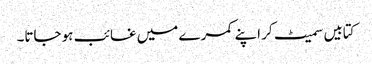
کتابیں سمیٹ کر اپنے کمرے میں غائب ہو جاتا۔